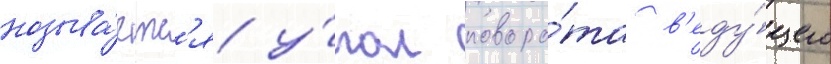
называ́етс'я у́гол поворо́та в'еду́щего